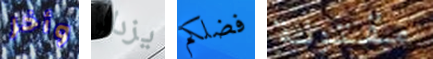
وأخر يزداد فضلكم مقتولة